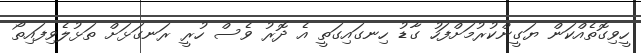
ހީވިގޮތެއްކަން ޔަގީންކުރުމަށްފަހު ގާޑު ހިނގައިގަތީ އެ ދޮރު ވެސް ހުރީ ރަނގަޅަށް ތަޅުލެވިފައިތޯ